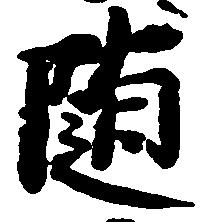
随